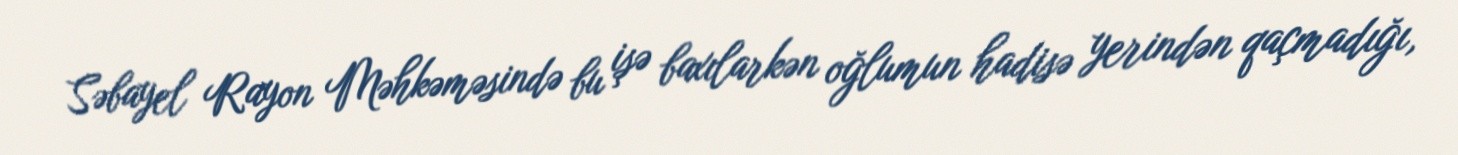
Səbayel Rayon Məhkəməsində bu işə baxılarkən oğlumun hadisə yerindən qaçmadığı,